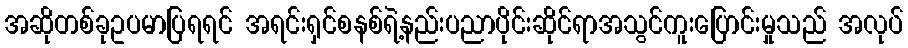
အဆိုတစ်ခုဥပမာပြရရင် အရင်းရှင်စနစ်ရဲ့နည်းပညာပိုင်းဆိုင်ရာအသွင်ကူးပြောင်းမှုသည် အလုပ်